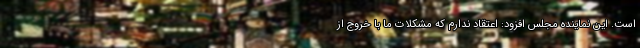
است. این نماینده مجلس افزود: اعتقاد ندارم که مشکلات ما با خروج از